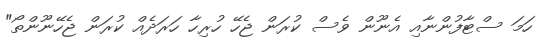
ހަމަ ސްޓާފުންނާއި އެނޫން ވެސް ކުރަން ޖެހޭ ހުރިހާ ހަރަދެއް ކުރަން ޖެހޭނޫންތޯ"